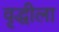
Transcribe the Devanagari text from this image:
वृद्धीला